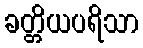
ခတ္တိယပရိသာ